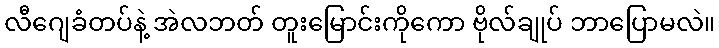
လီဂျေခံတပ်နဲ့ အဲလဘတ် တူးမြောင်းကိုကော ဗိုလ်ချုပ် ဘာပြောမလဲ။